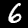
Digit: 6